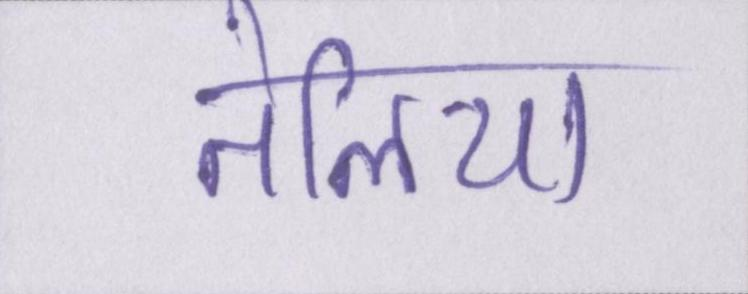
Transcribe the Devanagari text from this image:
तेलिया